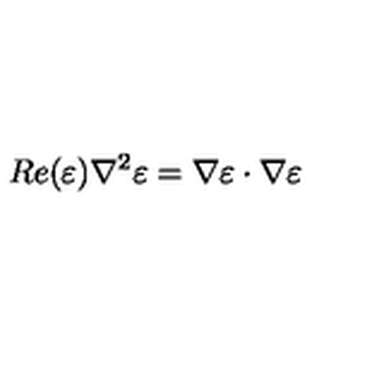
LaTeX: R e ( \varepsilon ) \nabla ^ { 2 } \varepsilon = \nabla \varepsilon \cdot \nabla \varepsilon